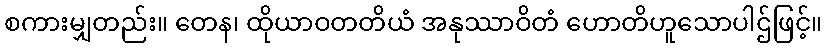
စကားမျှတည်း။ တေန၊ ထိုယာဝတတိယံ အနုဿာဝိတံ ဟောတိဟူသောပါဌ်ဖြင့်။